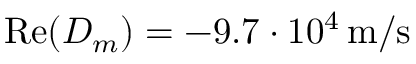
\operatorname { R e } ( D _ { m } ) = - 9 . 7 \cdot 1 0 ^ { 4 } \, \mathrm { m / s }